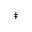
^ \ddag